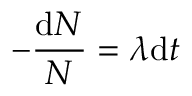
- { \frac { \mathrm { d } N } { N } } = \lambda \mathrm { d } t